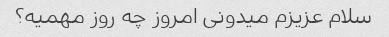
سلام عزیزم میدونی امروز چه روز مهمیه؟